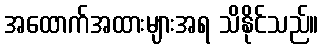
အထောက်အထားများအရ သိနိုင်သည်။